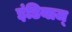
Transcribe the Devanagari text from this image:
इंडियाज्